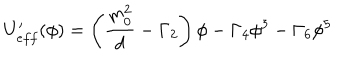
LaTeX: U _ { e f f } ^ { \prime } ( \phi ) = \left( \frac { m _ { 0 } ^ { 2 } } { d } - \Gamma _ { 2 } \right) \phi - \Gamma _ { 4 } \phi ^ { 3 } - \Gamma _ { 6 } \phi ^ { 5 }